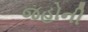
જહોની